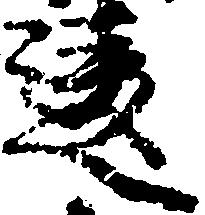
違